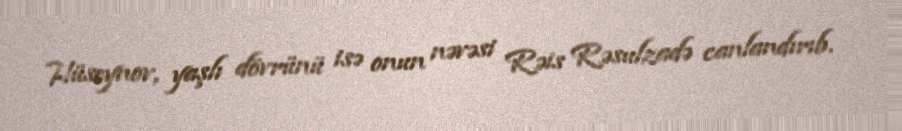
Hüseynov, yaşlı dövrünü isə onun nəvəsi Rəis Rəsulzadə canlandırıb.